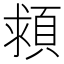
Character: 𩒮